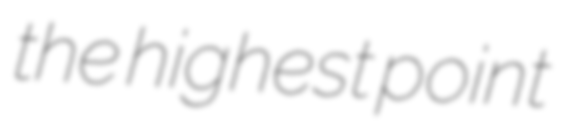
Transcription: the highest point